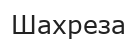
Шахреза